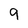
Character: 9